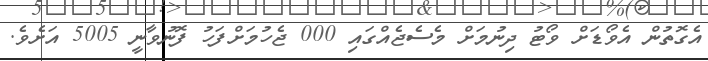
އެގޮތުން އެވޯޑަށް ވޯޓު ދިނުމަށް މެސެޖެއްގައި 000 ޖެހުމަށްފަހު ފޮނުވާނީ 5005 އަށެވެ.